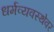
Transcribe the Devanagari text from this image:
धर्मव्यवस्थेवर